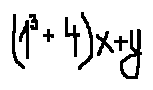
( 1 ^ { 3 } + 4 ) x + y